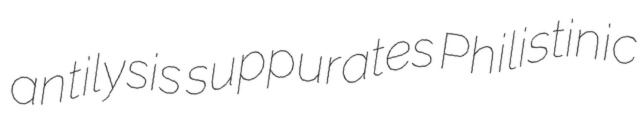
antilysis suppurates Philistinic